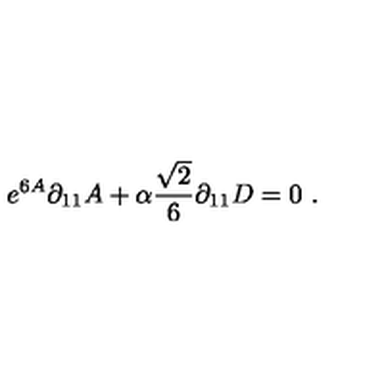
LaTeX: e ^ { 6 A } \partial _ { 1 1 } A + \alpha { \frac { \sqrt { 2 } } { 6 } } \partial _ { 1 1 } D = 0 \ .